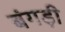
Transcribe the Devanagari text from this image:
बंगड़ी